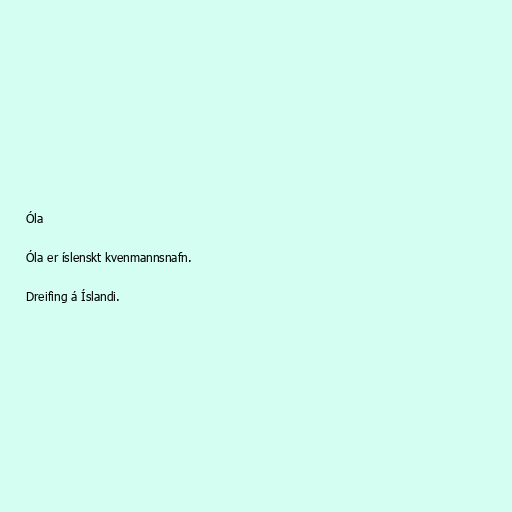
Óla

Óla er íslenskt kvenmannsnafn.

Dreifing á Íslandi.